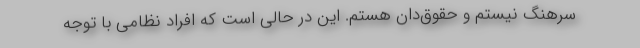
سرهنگ نیستم و حقوق‌دان هستم. این در حالی است که افراد نظامی با توجه